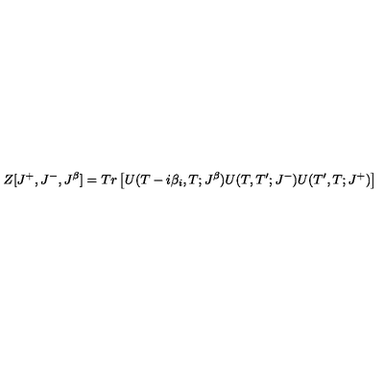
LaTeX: Z [ J ^ { + } , J ^ { - } , J ^ { \beta } ] = T r \left[ U ( T - i \beta _ { i } , T ; J ^ { \beta } ) U ( T , T ^ { \prime } ; J ^ { - } ) U ( T ^ { \prime } , T ; J ^ { + } ) \right]